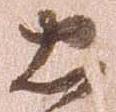
忠